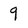
Character: 9